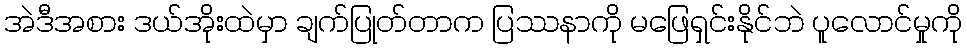
အဲဒီအစား ဒယ်အိုးထဲမှာ ချက်ပြုတ်တာက ပြဿနာကို မဖြေရှင်းနိုင်ဘဲ ပူလောင်မှုကို